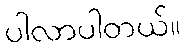
ပါလာပါတယ်။